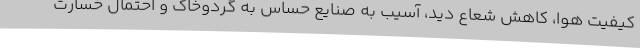
کیفیت هوا، کاهش شعاع دید، آسیب به صنایع حساس به گردوخاک و احتمال خسارت